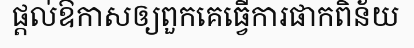
ផ្តល់ឱកាសឲ្យពួកគេធ្វើការផាកពិន័យ